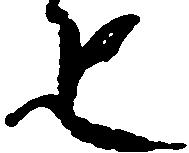
疋